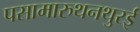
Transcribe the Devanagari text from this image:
पसामारुथनथुरई